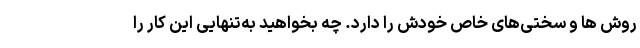
روش ها و سختی‌های خاص خودش را دارد. چه بخواهید به‌تنهایی این کار را